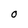
Character: O